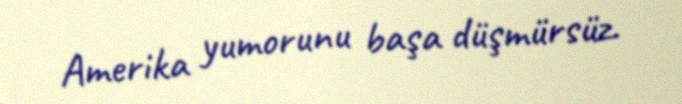
Amerika yumorunu başa düşmürsüz.